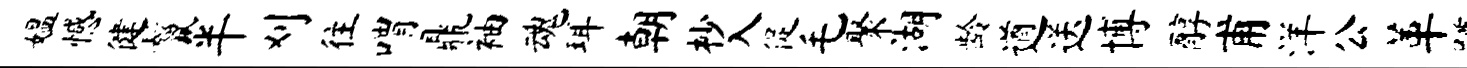
媪憾健鬣半刈往喟鼎袖魂珥朝杪入促毛聚湖龄遒送博醇甫洋公革蹲